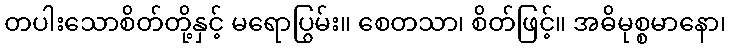
တပါးသောစိတ်တို့နှင့် မရောပြွမ်း။ စေတသာ၊ စိတ်ဖြင့်။ အဓိမုစ္စမာနော၊